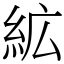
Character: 絋